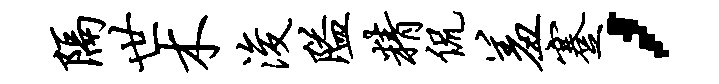
隔世木浚隘精侃羞蹇，